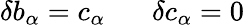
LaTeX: \delta b_{\alpha}=c_{\alpha}\; \; \; \; \; \; \delta c_{\alpha}=0